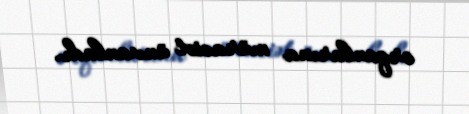
orqanlarına müraciət ünvanladı.